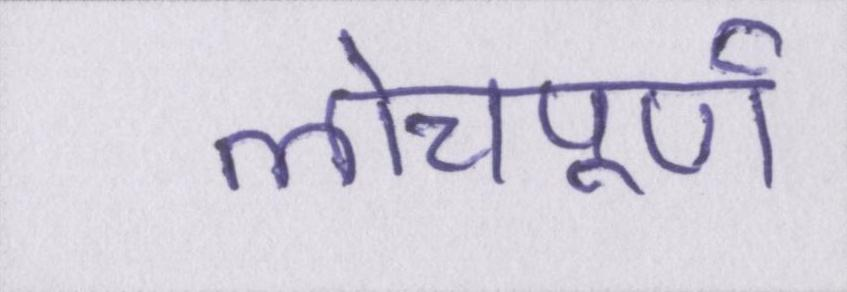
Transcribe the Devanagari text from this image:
लोचपूर्ण